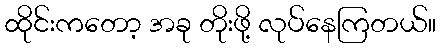
ထိုင်းကတော့ အခု တိုးဖို့ လုပ်နေကြတယ်။